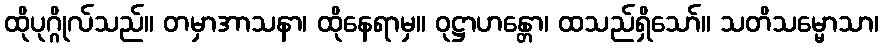
ထိုပုဂ္ဂိုလ်သည်။ တမှာအာသနာ၊ ထိုနေရာမှ။ ဝုဋ္ဌာဟန္တော၊ ထသည်ရှိသော်။ သတိသမ္မောသာ၊